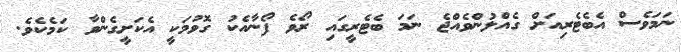
ނަމަވެސް އެބެޓެރިއަށް ގެއްލުންވެއްޖެ ނަމަ ބެޓެރީގައި ރޯވެ ފޯނާއެކު ގޮވުމަކީ އެކަށީގެންވާ ކަމެކެވެ.